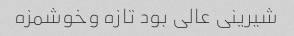
شیرینی عالی بود تازه وخوشمزه